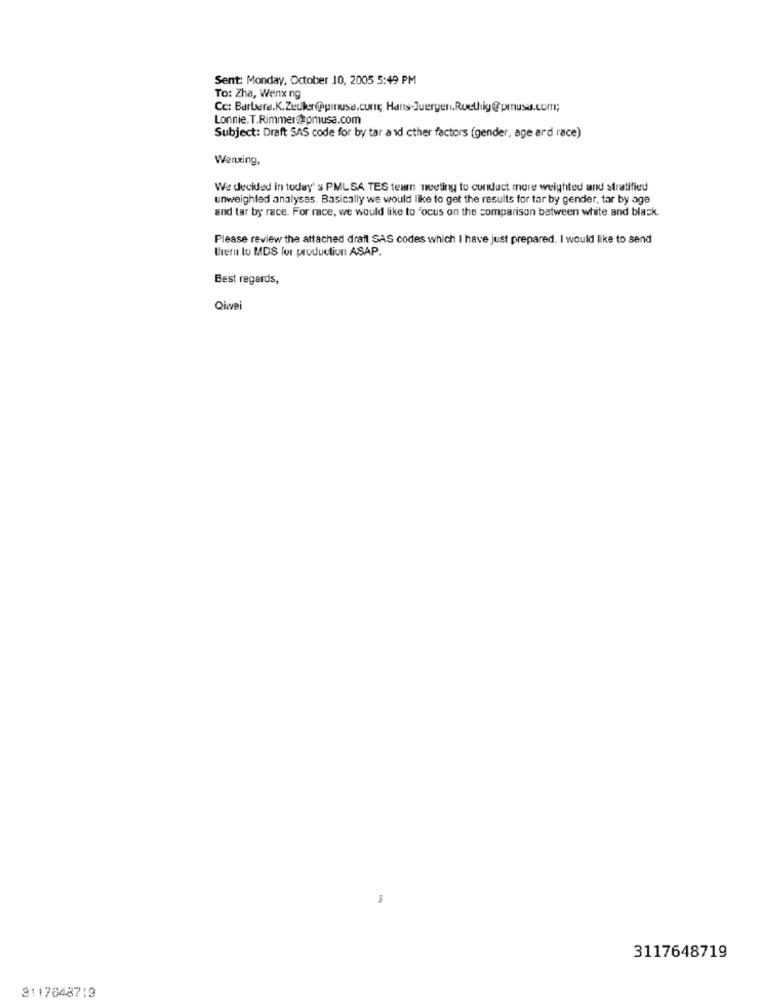
Sent: Monday, October 10, 2005 5:49 PM
To: Zha, Wenx ng
Cc: Barture.K.Zedker@@pinusa.cur, Hans-Juergen.Ruethig@prusa.com;
Lonnie. T.Rimmer@pmusa.com
Subject: Draft SAS code for by tar and cther factors (gender, age ard race)
Wenxing,
We decided in today's PMLSA TES tearn meeting to conduct more weighted and stratified
unweighted analyses. Basically we would like to get the results for tar by gender, tar by age
and tar by race. For race, we would like to "ocus on the comparison between white and black.
Please review the attached draft SAS codes which I have just prepared. I would like to send
thern to MDS for production ASAP.
Best regards,
Qiwei
3117648719
3117648719